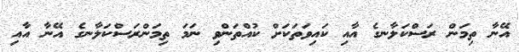
އޭނާ ތިމަން ރަސްކަލާނގެ އާއި ކައިވަތަކަށް ކުއްްތަންވި ނަމަ ތިމަންރަސްކަލާނގެ އޭނާ އާއި